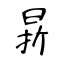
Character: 𣇄